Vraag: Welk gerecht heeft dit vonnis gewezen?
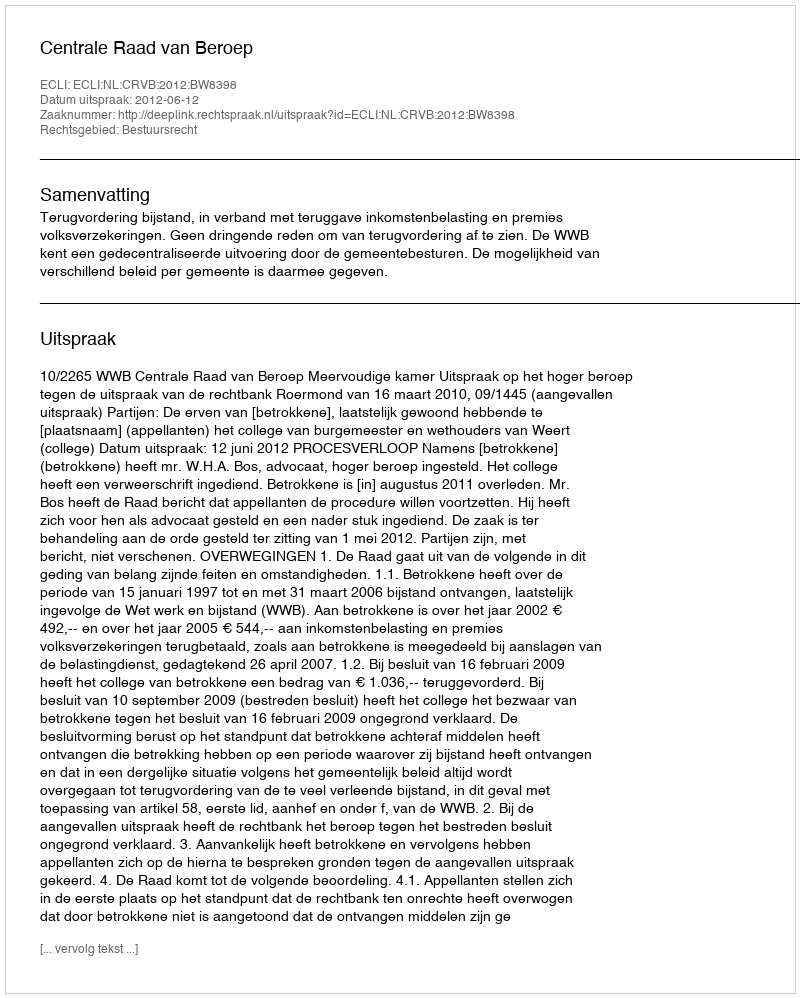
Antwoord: Centrale Raad van Beroep